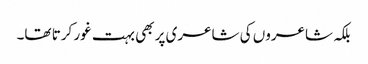
بلکہ شاعروں کی شاعری پر بھی بہت غور کرتا تھا۔